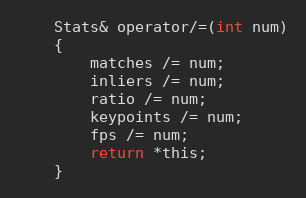
Language: C
    Stats& operator/=(int num)
    {
        matches /= num;
        inliers /= num;
        ratio /= num;
        keypoints /= num;
        fps /= num;
        return *this;
    }